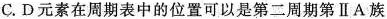
C.D元素在周期表中的位置可以是第二周期第ⅡA族